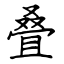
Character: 叠